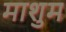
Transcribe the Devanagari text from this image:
माशुम